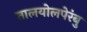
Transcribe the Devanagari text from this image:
तालयोलपेरंबु